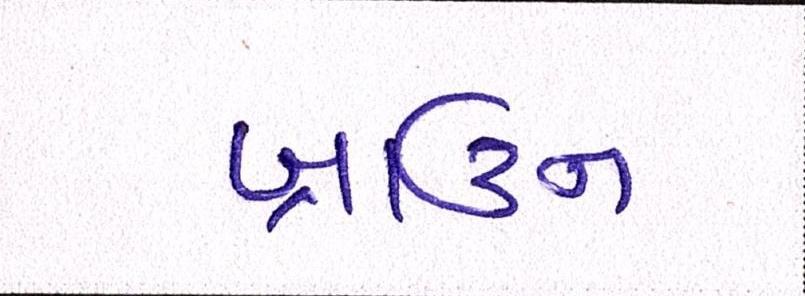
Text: બ્રાઉન